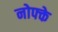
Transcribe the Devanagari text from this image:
नोफ्के